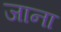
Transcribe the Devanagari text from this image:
जाना